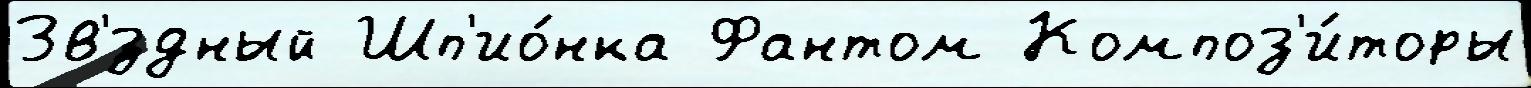
Зв'́здный Шп'ио́нка Фантом Композ'и́торы